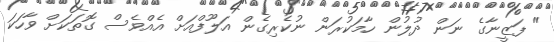
" ފަޒީނާގެ ނަން ދުލުން ހާމަކުރަން ނުކެރިގެން އަލޫފްއަށް އެއްވެސް ގޮތަކަށް ވާހަކަ